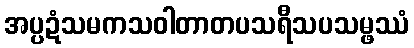
အပ္ပဍံသမကသဝါတာတပသရီသပသမ္ဖဿံ